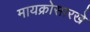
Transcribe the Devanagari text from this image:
मायक्रोसारखे